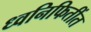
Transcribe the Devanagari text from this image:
ध्वनिफितींत